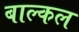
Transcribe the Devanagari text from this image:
बाल्कल